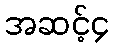
အဆင့်၄